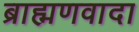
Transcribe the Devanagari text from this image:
ब्राह्मणवादा